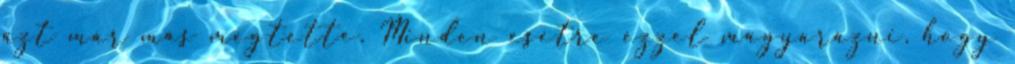
azt már más megtette. Minden esetre ezzel magyarázni, hogy